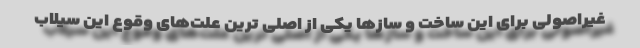
غیراصولی برای این ساخت و سازها یکی از اصلی ترین علت‌های وقوع این سیلاب